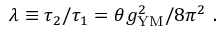
\lambda \equiv \tau _ { 2 } / \tau _ { 1 } = \theta g _ { \mathrm { Y M } } ^ { 2 } / 8 \pi ^ { 2 } ~ .